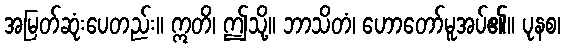
အမြတ်ဆုံးပေတည်း။ ဣတိ၊ ဤသို့။ ဘာသိတံ၊ ဟောတော်မူအပ်၏။ ပုနစ၊